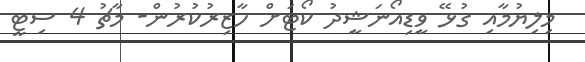
މިލިޔުމާއި ގުޅޭ ވީޑިއޯނަޝީދު ކޯޓަށް ހާޒިރުކުރުން- މާޗު 4 ސިޓީ